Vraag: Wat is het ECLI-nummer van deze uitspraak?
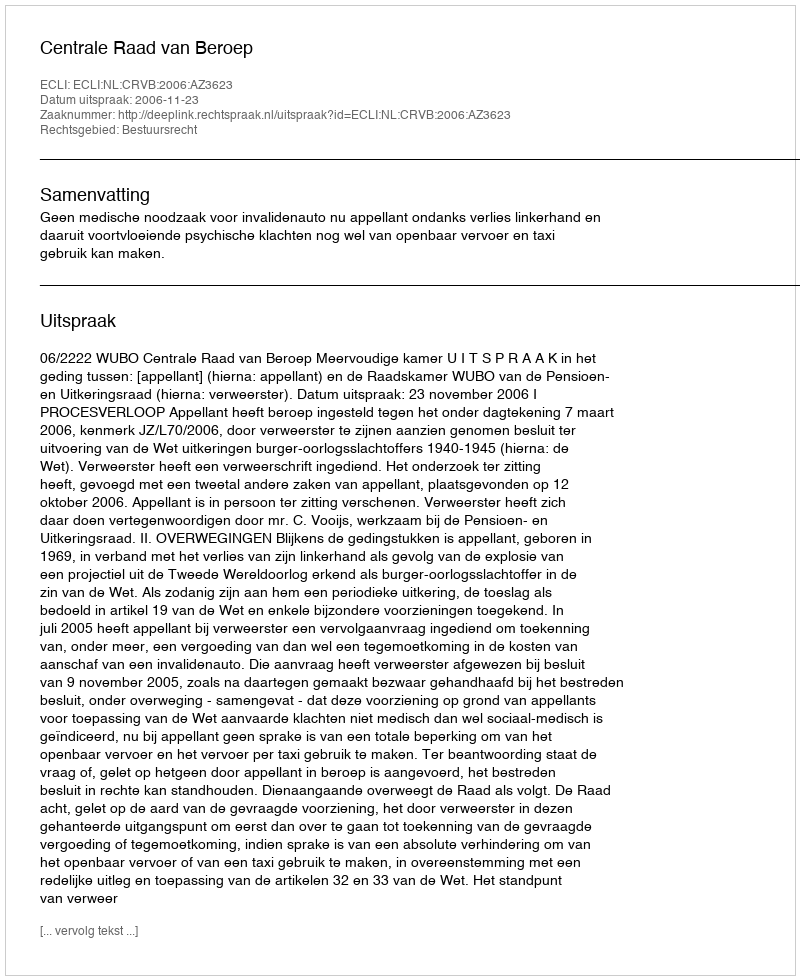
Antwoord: ECLI:NL:CRVB:2006:AZ3623